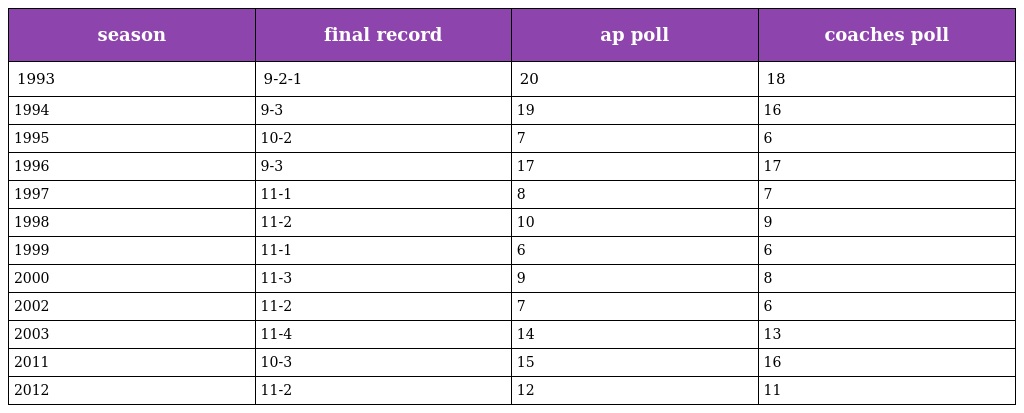
| season | final record | ap poll | coaches poll |
 | --- | --- | --- | --- |
 | 1993 | 9-2-1 | 20 | 18 |
 | 1994 | 9-3 | 19 | 16 |
 | 1995 | 10-2 | 7 | 6 |
 | 1996 | 9-3 | 17 | 17 |
 | 1997 | 11-1 | 8 | 7 |
 | 1998 | 11-2 | 10 | 9 |
 | 1999 | 11-1 | 6 | 6 |
 | 2000 | 11-3 | 9 | 8 |
 | 2002 | 11-2 | 7 | 6 |
 | 2003 | 11-4 | 14 | 13 |
 | 2011 | 10-3 | 15 | 16 |
 | 2012 | 11-2 | 12 | 11 |